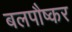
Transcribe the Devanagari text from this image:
बलपौष्कर